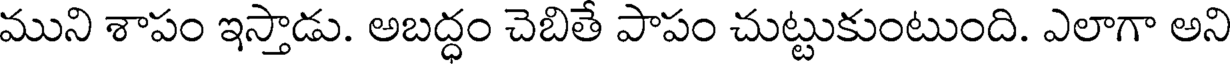
ముని శాపం ఇస్తాడు. అబద్ధం చెబితే పాపం చుట్టుకుంటుంది. ఎలాగా అని